Civil Veterinary Dept. Bombay admin report 1932-41 - 1932-1941
Year: 1932
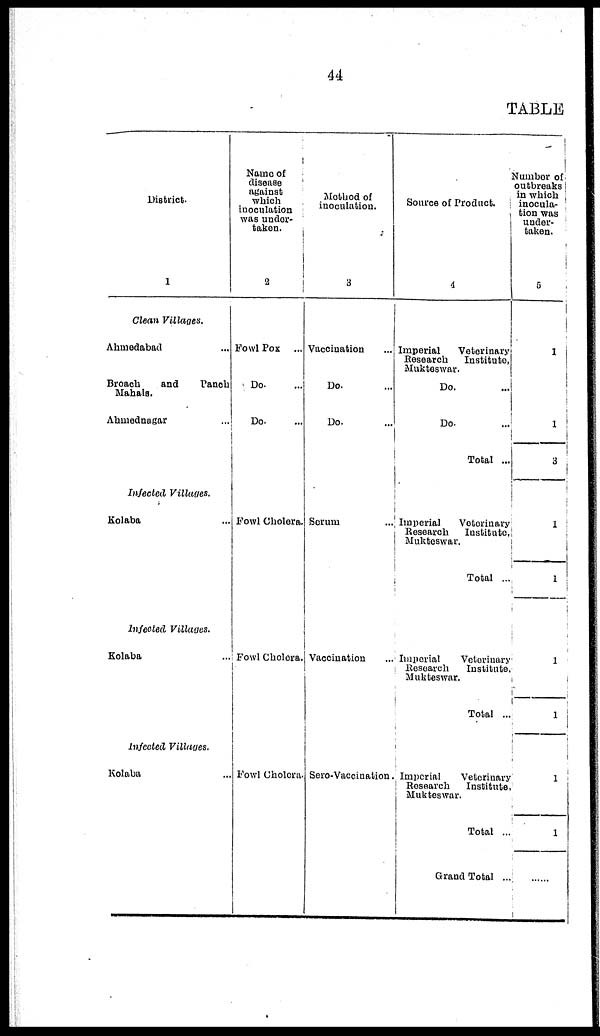
44
TABLE
District.
1
Clean Villages.
Ahmedabad ...
Broach
and
Panch
Mahals.
Ahmednagar ...
Infected
Villages.
Kolaba ...
Infected
Villages.
Kolaba ...
Infected
Villages.
Kolaba ...
Name of
disease
against
which
inoculation
was under¬
taken.
2
Fowl Pox ...
Do. ...
Do. ...
Fowl Cholera.
Fowl Cholera.
Fowl Cholera
Method of
inoculation.
3
Vaccination ...
Do. ...
Do. ...
Serum ...
Vaccination ...
Sero-Vaccination.
Source of
Product.
4
Imperial
Veterinary
Research
Institute,
Mukteswar.
Do. ...
Do. ...
Total ...
Imperial
Veterinary
Research
Institute,
Mukteswar.
Total ..
Imperial
Veterinary
Research
Institute
Mukteswar.
Total ...
Imperial
Veterinary
Research
Institute
Mukteswar.
Total ...
Grand Total ...
Number of
outbreaks
in which
inocula¬
tion was
under¬
taken. 5
1
1
3
1
1
1
1
1
1
......